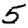
Digit: 5